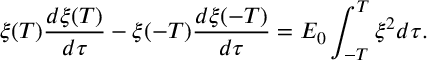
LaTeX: \xi ( T ) \frac { d \xi ( T ) } { d \tau } - \xi ( - T ) \frac { d \xi ( - T ) } { d \tau } = E _ { 0 } \int _ { - T } ^ { T } \xi ^ { 2 } d \tau .